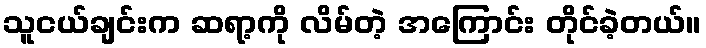
သူငယ်ချင်းက ဆရာ့ကို လိမ်တဲ့ အကြောင်း တိုင်ခဲ့တယ်။